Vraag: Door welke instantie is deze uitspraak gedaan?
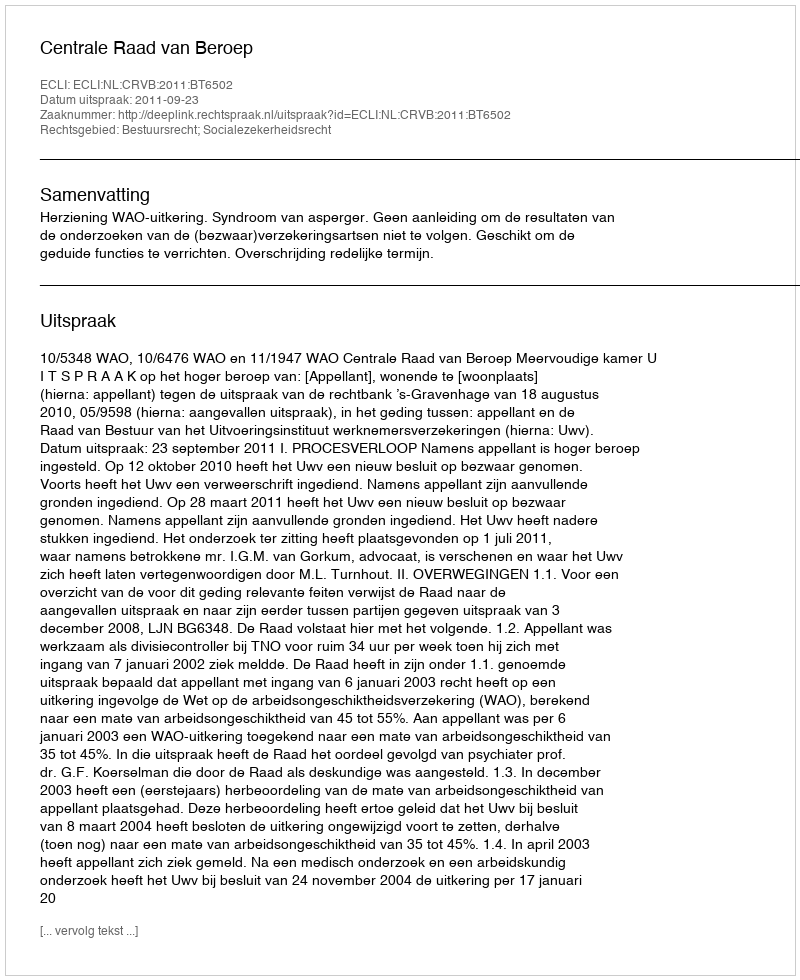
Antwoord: Centrale Raad van Beroep